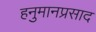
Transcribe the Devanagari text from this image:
हनुमानप्रसाद